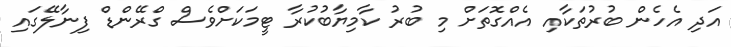
އަދި އެހެން ބުރުތަކާއި އެއްގޮތަށް މި ބުރު ކާމިޔާބުކުރާ ޓީމަކަށްވެސް ގްރޭންޑް ފިނާލޭގައި